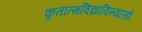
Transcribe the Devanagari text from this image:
कृतात्मविद्याविन्यासो